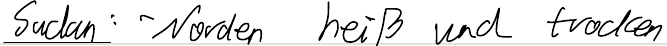
Suden: - Norden heiß und trocken